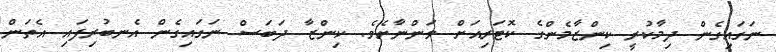
ނަގައިގެން ދިމާކުރީ ކިންޒާމެންގެ ކޮޓަރިއަށް ވަންނާށެވެ. ކިންޒާ ދަބަސް ނަގައިގެން އެނބުރިފައި އެތަން